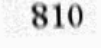
810